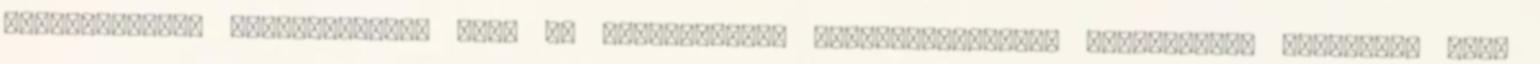
előírásoknak. Elképzelhető, hogy az önkormányzat rendelkezéseivel ellentétben üzemelnek azok